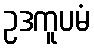
ဥဒကူပမံ